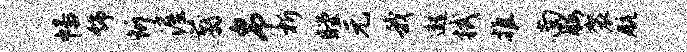
幡饰忻渥翦帛析瞠元我邈拭推南腰袈航